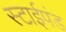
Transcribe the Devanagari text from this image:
स्टाईपंड